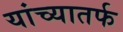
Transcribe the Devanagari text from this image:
यांच्यातर्फ